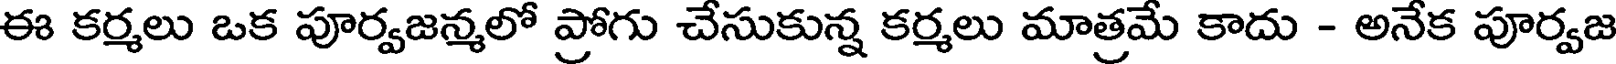
ఈ కర్మలు ఒక పూర్వజన్మలో ప్రోగు చేసుకున్న కర్మలు మాత్రమే కాదు - అనేక పూర్వజ